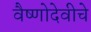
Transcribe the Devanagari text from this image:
वैष्णोदेवीचे